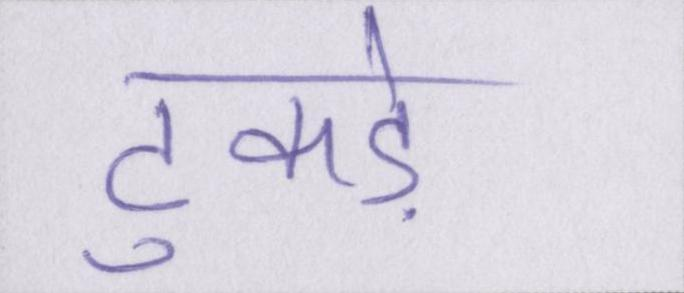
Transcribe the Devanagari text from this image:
टुकड़े